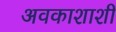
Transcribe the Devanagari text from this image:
अवकाशाशी